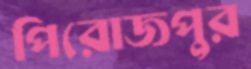
পিরোজপুর